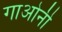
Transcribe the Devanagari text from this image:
गाओनी